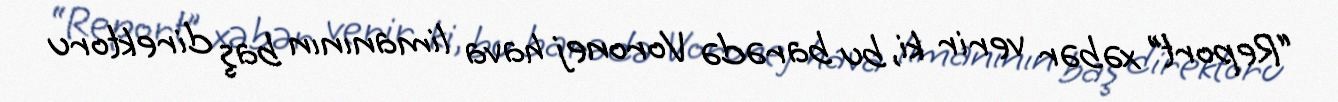
“Report” xəbər verir ki, bu barədə Voronej hava limanının baş direktoru